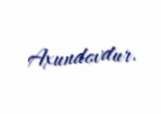
Axundovdur.